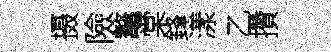
摄險鼇棠鋒漾乙攢